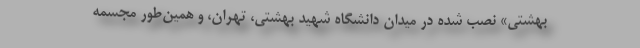
بهشتی» نصب شده در میدان دانشگاه شهید بهشتی، تهران، و همین‌طور مجسمهٔ